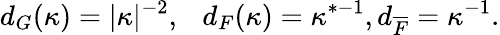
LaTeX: d_{G}(\kappa)=\vert\kappa\vert^{-2},\ \ \ d_{F}(\kappa)=\kappa^{*-1},d_{\overline{{F}}}=\kappa^{-1}.